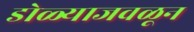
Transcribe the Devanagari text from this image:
डोळ्याजवळून